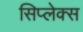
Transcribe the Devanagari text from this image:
सिप्लेक्स